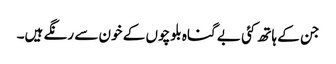
جن کے ہاتھ کئی بے گناہ بلوچوں کے خون سے رنگے ہیں۔